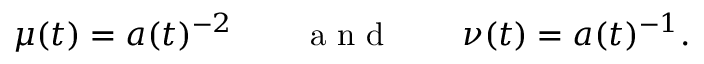
\mu ( t ) = a ( t ) ^ { - 2 } \qquad \mathrm { ~ a ~ n ~ d ~ } \qquad \nu ( t ) = a ( t ) ^ { - 1 } .